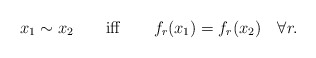
\begin{align*}x_1\sim x_2\qquad {\rm iff} \qquad f_r(x_1)=f_r(x_2)\quad \forall r.\end{align*}